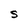
Character: s